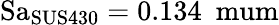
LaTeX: \mathrm{Sa_{SUS430}=0.134\ \ mum}